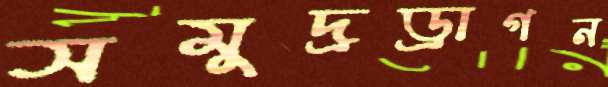
সমুদ্রড্রাগন